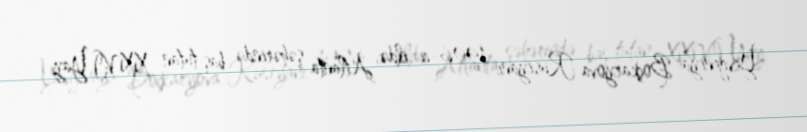
Yevgeniya Boçkaryova Rusiyanı 1996-cı ildə Atlanta şəhərində baş tutan XXVI Yay